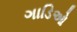
ગાડિઓ